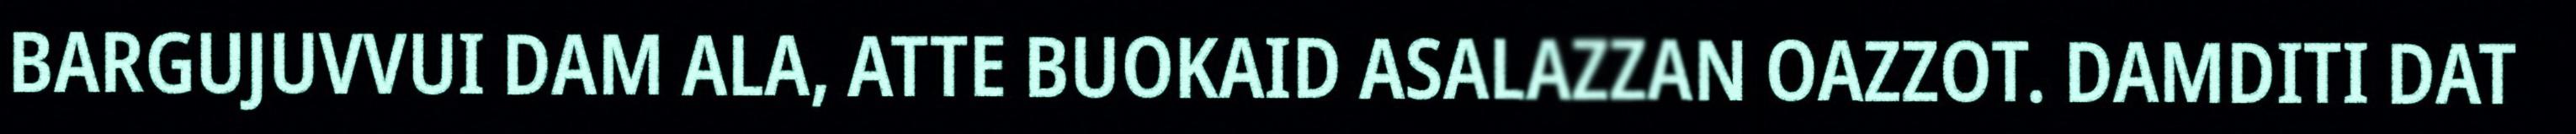
BARGUJUVVUI DAM ALA, ATTE BUOKAID ASALAZZAN OAZZOT. DAMDITI DAT